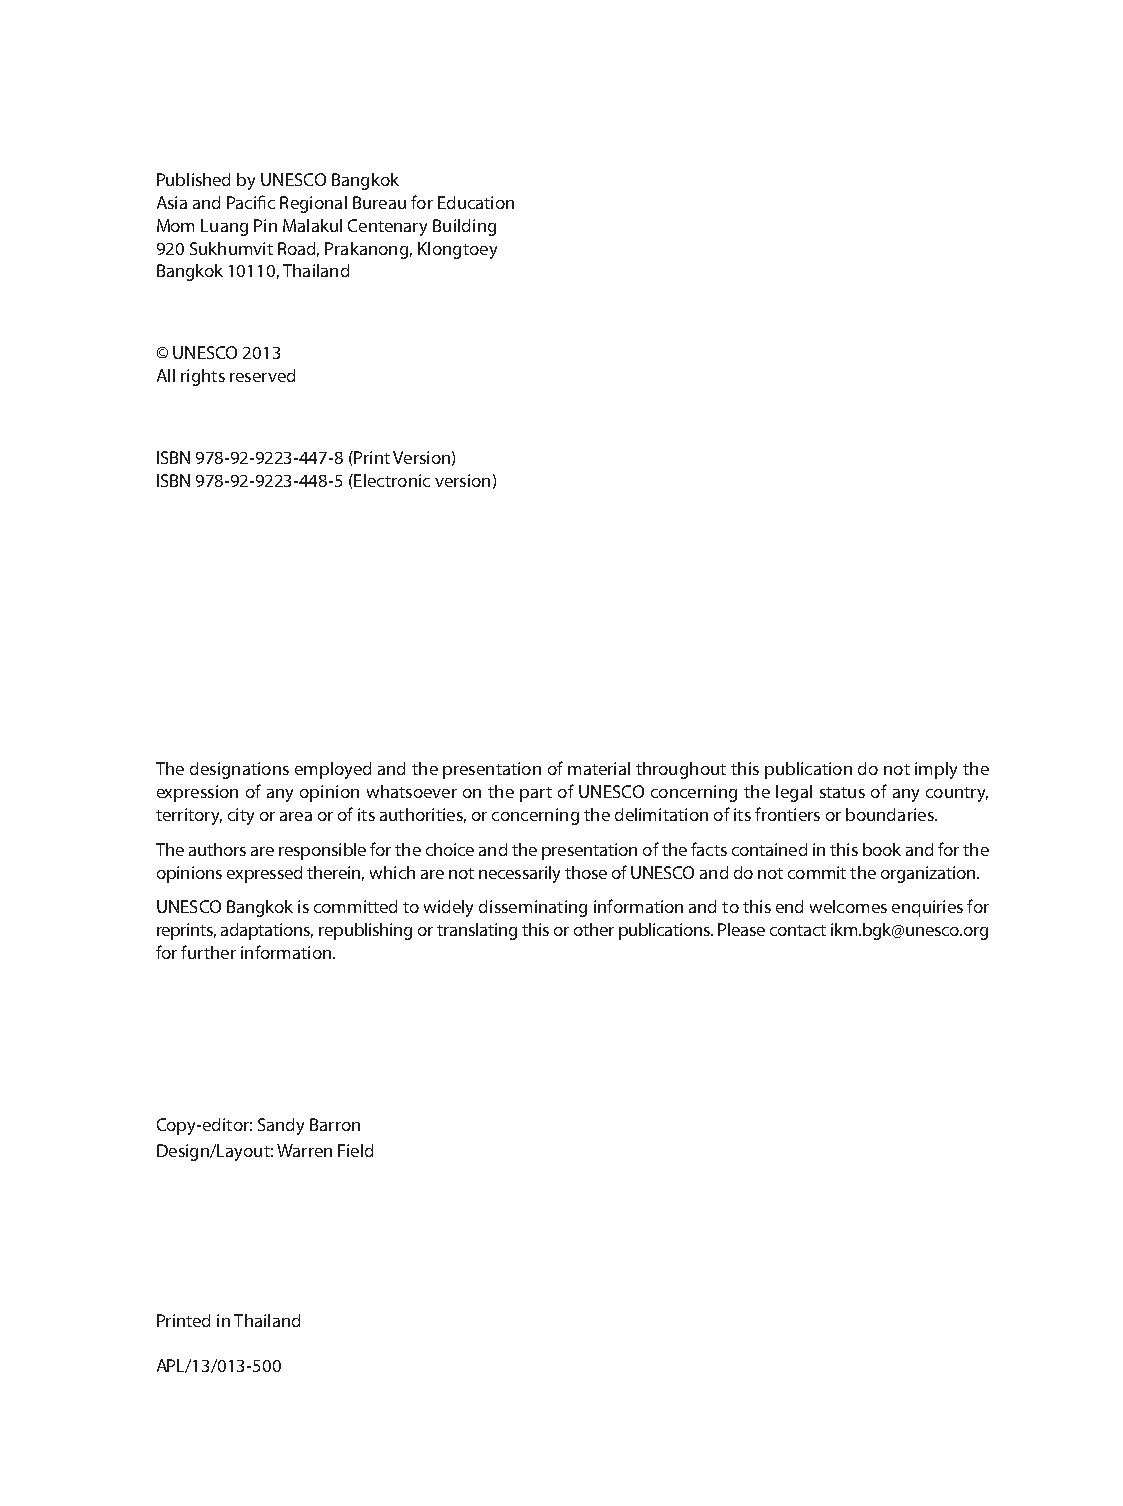
Published by UNESCO Bangkok
 Asia and Pacific Regional Bureau for Education
 Mom Luang Pin Malakul Centenary Building
 920 Sukhumvit Road, Prakanong, Klongtoey
 Bangkok 10110, Thailand
 © UNESCO 2013
 All rights reserved
 ISBN 978-92-9223-447-8 (Print Version)
 ISBN 978-92-9223-448-5 (Electronic version)
 The designations employed and the presentation of material throughout this publication do not imply the
 expres sion of any opinion whatsoever on the part of UNESCO concerning the legal status of any country,
 territory, city or area or of its authorities, or concerning the delimitation of its frontiers or boundaries.
 The authors are responsible for the choice and the presentation of the facts contained in this book and for the
 opinions expressed therein, which are not necessarily those of UNESCO and do not commit the organization.
 UNESCO Bangkok is committed to widely disseminating information and to this end welcomes enquiries for
 reprints, adaptations, republishing or translating this or other publications. Please contact ikm.bgk@unesco.org
 for further information.
 Copy-editor: Sandy Barron
 Design/Layout: Warren Field
 Printed in Thailand
 APL/13/013-500